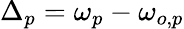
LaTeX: \Delta_{p}=\omega_{p}-\omega_{o,p}